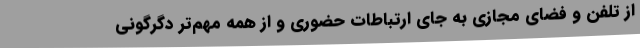
از تلفن و فضای مجازی به جای ارتباطات حضوری و از همه مهم‌تر دگرگونی